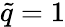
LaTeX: \tilde{q}=1